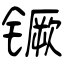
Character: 镢